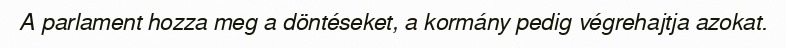
A parlament hozza meg a döntéseket, a kormány pedig végrehajtja azokat.